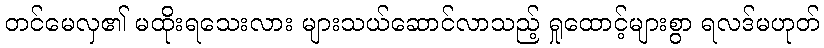
တင်မေလှ၏ မထိုးရသေးလား များသယ်ဆောင်လာသည့် ရှုထောင့်များစွာ ရလဒ်မဟုတ်